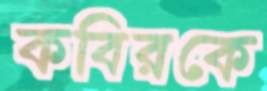
কবিরকে